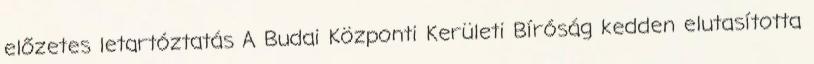
előzetes letartóztatás A Budai Központi Kerületi Bíróság kedden elutasította